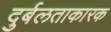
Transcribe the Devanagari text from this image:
दुर्बलताकारक